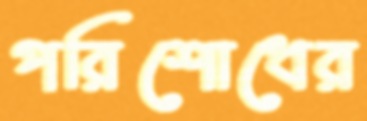
পরিশোধের